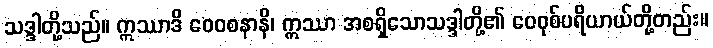
သဒ္ဒါတို့သည်။ ဣဿာဒိ ဝေဝစနာနိ၊ ဣဿာ အစရှိသောသဒ္ဒါတို့၏ ဝေဝုစ်ပရိယာယ်တို့တည်း။